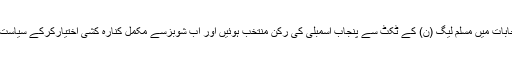
کنول نعمان 2013ء کے عام انتخابات میں مسلم لیگ (ن) کے ٹکٹ سے پنجاب اسمبلی کی رکن منتخب ہوئیں اور اب شوبزسے مکمل کنارہ کشی اختیارکرکے سیاست کے عملی میدان میں سرگرم ہیں۔